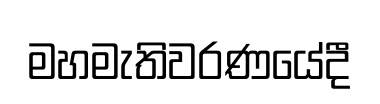
මහමැතිවරණයේදී